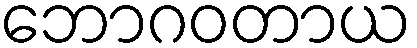
ဘောဂဝတာယ